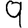
Digit: 9